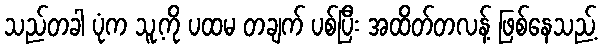
သည်တခါ ပုံက သူ့ကို ပထမ တချက် ပစ်ပြီး အထိတ်တလန့် ဖြစ်နေသည့်